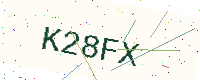
Text: K28FX